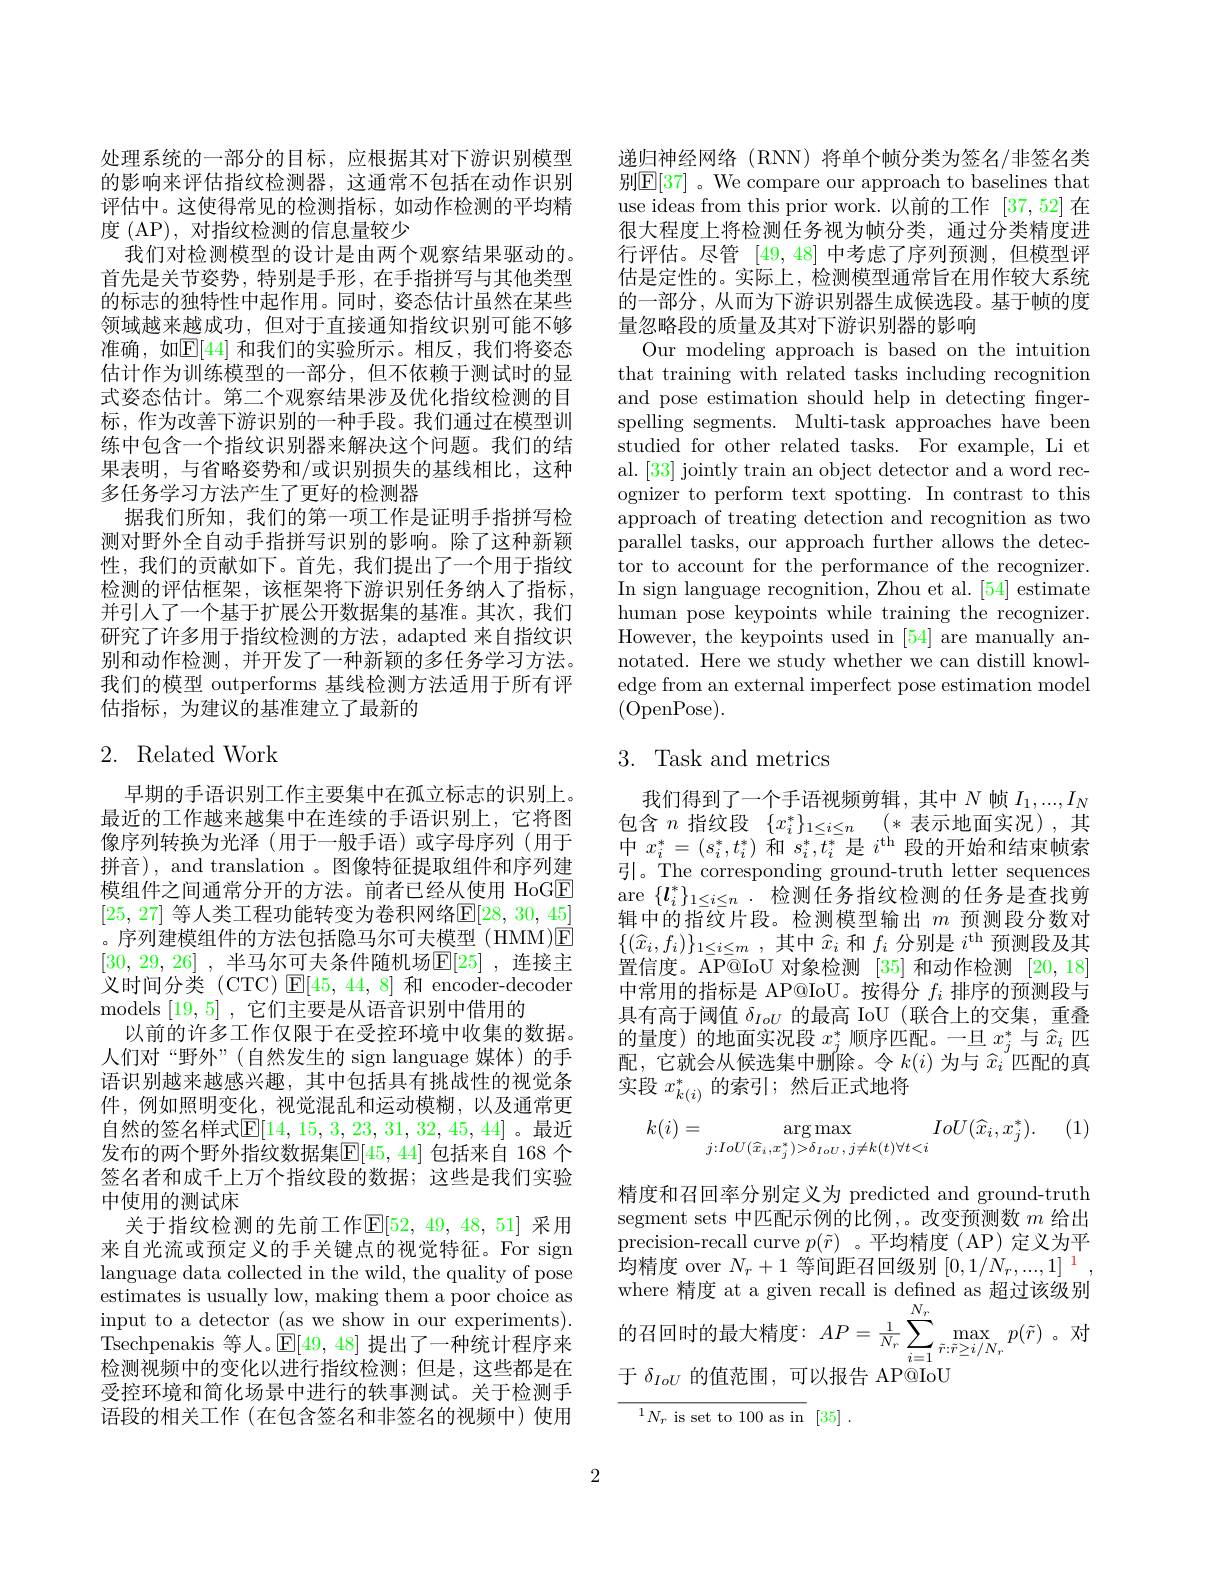
处理系统的一部分的目标，应根据其对下游识别模型的影响来评估指纹检测器，这通常不包括在动作识别评估中。这使得常见的检测指标，如动作检测的平均精度 (AP), 对指纹检测的信息量较少
我们对检测模型的设计是由两个观察结果驱动的。首先是关节姿势，特别是手形，在手指拼写与其他类型的标志的独特性中起作用。同时，姿态估计虽然在某些领域越来越成功，但对于直接通知指纹识别可能不够准确，如$\mathbb{E}[44]$ 和我们的实验所示。相反，我们将姿态估计作为训练模型的一部分，但不依赖于测试时的显式姿态估计。第二个观察结果涉及优化指纹检测的目标，作为改善下游识别的一种手段。我们通过在模型训练中包含一个指纹识别器来解决这个问题。我们的结果表明，与省略姿势和/或识别损失的基线相比，这种多任务学习方法产生了更好的检测器
据我们所知，我们的第一项工作是证明手指拼写检测对野外全自动手指拼写识别的影响。除了这种新颖性，我们的贡献如下。首先，我们提出了一个用于指纹检测的评估框架，该框架将下游识别任务纳人了指标， 并引人了一个基于扩展公开数据集的基准。其次，我们研究了许多用于指纹检测的方法，adapted 来自指纹识别和动作检测，并开发了一种新颖的多任务学习方法。我们的模型 outperforms 基线检测方法适用于所有评估指标，为建议的基准建立了最新的

## 2. Related Work

早期的手语识别工作主要集中在孤立标志的识别上。最近的工作越来越集中在连续的手语识别上，它将图像序列转换为光泽(用于一般手语)或字母序列(用于拼音), and translation 。图像特征提取组件和序列建模组件之间通常分开的方法。前者已经从使用 HoGE [25, 27] 等人类工程功能转变为卷积网络$\mathbb{E} [ 28$, 30, 45] 。序列建模组件的方法包括隐马尔可夫模型(HMM)E [30,29,26] , 半马尔可夫条件随机场$\mathbb{E} [ 25]$ , 连接主义时间分类(CTC) $\mathsf{E}[45,44,8]$和 encoder-decoder models [19,5] ,它们主要是从语音识别中借用的
以前的许多工作仅限于在受控环境中收集的数据。人们对“野外”(自然发生的 sign language 媒体)的手语识别越来越感兴趣，其中包括具有挑战性的视觉条件，例如照明变化，视觉混乱和运动模糊，以及通常更自然的签名样式$\mathbb{E}[14,15,3,23,31,32,45,44]$ 。最近发布的两个野外指纹数据集$\boxed{\mathrm{E}}[45,44]$ 包括来自 168 个签名者和成千上万个指纹段的数据；这些是我们实验中使用的测试床
关于指纹检测的先前工作$\mathbb{E}[52,49,48,51]$ 采用来自光流或预定义的手关键点的视觉特征。For sign language data collected in the wild, the quality of pose estimates is usually low, making them a poor choice as input to a detector (as we show in our experiments). Tsechpenakis 等人。$\mathbb{E}[49,48]$提出了一种统计程序来检测视频中的变化以进行指纹检测；但是，这些都是在受控环境和简化场景中进行的轶事测试。关于检测手语段的相关工作 (在包含签名和非签名的视频中)使用

递归神经网络 (RNN) 将单个帧分类为签名/非签名类别$\mathbb{E}[37]$ 。We compare our approach to baselines that use ideas from this prior work.以前的工作[37,52]在很大程度上将检测任务视为帧分类，通过分类精度进行评估。尽管[49,48]中考虑了序列预测，但模型评估是定性的。实际上，检测模型通常旨在用作较大系统的一部分，从而为下游识别器生成候选段。基于帧的度量忽略段的质量及其对下游识别器的影响
Our modeling approach is based on the intuition that training with related tasks including recognition and pose estimation should help in detecting fingerspelling segments. Multi-task approaches have been studied for other related tasks. For example, Li et al. [33] jointly train an object detector and a word recognizer to perform text spotting. In contrast to this approach of treating detection and recognition as two parallel tasks, our approach further allows the detector to account for the performance of the recognizer. In sign language recognition, Zhou et al. [54] estimate human pose keypoints while training the recognizer. However, the keypoints used in [54] are manually annotated. Here we study whether we can distill knowledge from an external imperfect pose estimation model (OpenPose).

# 3. Task and metrics

我们得到了一个手语视频剪辑，其中$N$帧$I_1,...,I_N$ 包含$n$指纹段$\{x_i^*\}_{1\leq i\leq n}(*$表示地面实况),其中$x_i^*=(s_i^*,t_i^*)$和$s_i^*,t_i^*$是$i^\mathrm{th}$段的开始和结束帧索引。The corresponding ground-truth letter sequences are $\{l_i^*\}_{1\leq i\leq n}.$检测任务指纹检测的任务是查找剪辑中的指纹片段。检测模型输出$m$预测段分数对$\{ ( \widehat{x} _i, f_i) \} _{1\leq i\leq m}$ ,其中$\widehat{x}_i$和$f_i$分别是$i^\mathrm{th}$预测段及其置信度。AP@IoU 对象检测 [35]和动作检测 [20,18] 中常用的指标是 AP@IoU。按得分$f_i$排序的预测段与具有高于阈值$\delta_{IoU}$的最高 IoU (联合上的交集，重叠的量度)的地面实况段$x_j^*$顺序匹配。一旦$x_j^*$与$\hat{x}_i$匹配，它就会从候选集中删除。令$k(i)$为与$\widehat{x}_i$匹配的真实段$x_{k(i)}^*$的索引；然后正式地将
$$k(i)=\underset{j:IoU(\widehat{x}_{i},x_{j}^{*})>\delta_{IoU},j\neq k(t)\forall t<i}{\operatorname*{\arg\max}}IoU(\widehat{x}_{i},x_{j}^{*}).$$
精度和召回率分别定义为 predicted and ground-truth segment sets 中匹配示例的比例，。改变预测数$m$给出precision-recall curve $p(\tilde{r})$ 。平均精度(AP)定义为平均精度 over $N_r+1$等间距召回级别$[0,1/N_r,...,1]^{1}$ where 精度 at a given recall is defned as 超过该级别的 召 回 时 的 最 大 精 度 : $AP= \frac 1{N_{r}}\sum _{i= 1}^{N_{r}}\max _{\tilde{r} : \tilde{r} \geq i/ N_{r}}p( \tilde{r} )$ 。X 于$\delta_{IoU}$的值范围，可以报告 AP@IoU

${^{1}N_{r} \mathrm{is~set~to~100~as~in~}}$ [35] .

2